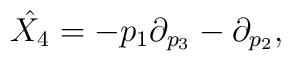
\hat{X_4}=-p_1 \partial_{p_3} - \partial_{p_2},